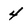
Character: 4